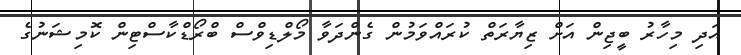
އަދި މިހާރު ބީޖިން އަށް ޒިޔާރަތް ކުރައްވަމުން ގެންދަވާ މޯލްޑިވްސް ބްރޯޑްކާސްޓިން ކޮމިޝަނުގެ